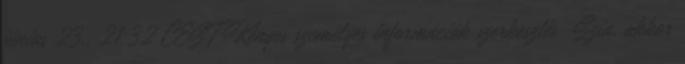
június 23., 21:32 CEST Kényes személyes információk szerkesztés Szia, akkor